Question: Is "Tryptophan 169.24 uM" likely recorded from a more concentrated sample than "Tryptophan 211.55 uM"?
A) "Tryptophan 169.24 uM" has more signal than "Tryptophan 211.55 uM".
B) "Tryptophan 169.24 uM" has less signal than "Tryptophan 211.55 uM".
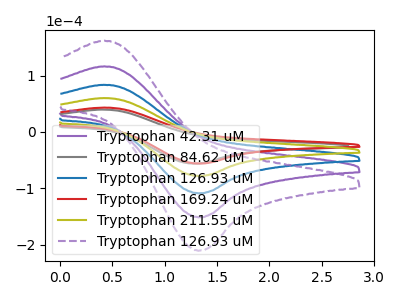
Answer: <think>The purple curve "Tryptophan 42.31 uM" has an anodic peak at (0.40V, 180.05uA) and a cathodic peak at (1.35V, -234.55uA). The gray curve "Tryptophan 84.62 uM" has an anodic peak at (0.40V, 39.65uA) and a cathodic peak at (1.30V, -56.20uA). The blue curve "Tryptophan 126.93 uM" has an anodic peak at (0.40V, 120.05uA) and a cathodic peak at (1.35V, -156.35uA). The red curve "Tryptophan 169.24 uM" has an anodic peak at (0.40V, 43.15uA) and a cathodic peak at (1.35V, -56.20uA). The olive curve "Tryptophan 211.55 uM" has an anodic peak at (0.40V, 60.00uA) and a cathodic peak at (1.35V, -78.20uA). The purple dashed curve "Tryptophan 126.93 uM" has an anodic peak at (0.40V, 240.05uA) and a cathodic peak at (1.35V, -312.70uA).
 All the peaks in "Tryptophan 169.24 uM" have a peak in "Tryptophan 211.55 uM" at the same potential. Every peak in "Tryptophan 169.24 uM" is lower than every peak in "Tryptophan 211.55 uM".</think>
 <answer>B) "Tryptophan 169.24 uM" has less signal than "Tryptophan 211.55 uM".</answer>
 <eval>B</eval>